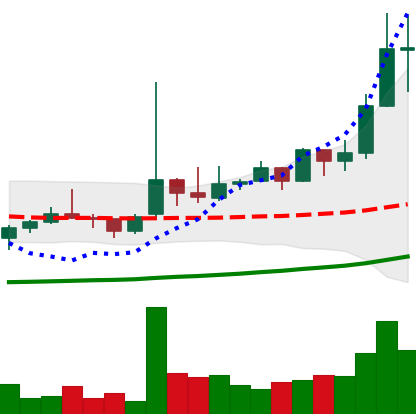
Ticker: TRX-USD
Chart end date: 2021-02-10
Forward return: 9.866%
Label: up_7plus